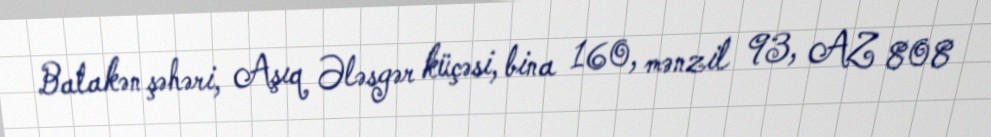
Balakən şəhəri, Aşıq Ələsgər küçəsi, bina 160, mənzil 93, AZ 808